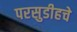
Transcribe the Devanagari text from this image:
परसुडीहचे